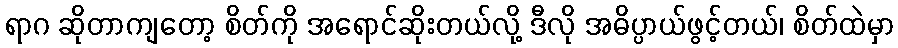
ရာဂ ဆိုတာကျတော့ စိတ်ကို အရောင်ဆိုးတယ်လို့ ဒီလို အဓိပ္ပာယ်ဖွင့်တယ်၊ စိတ်ထဲမှာ